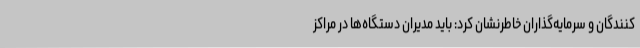
کنندگان و سرمایه‌گذاران خاطرنشان کرد: باید مدیران دستگاه‌ها در مراکز